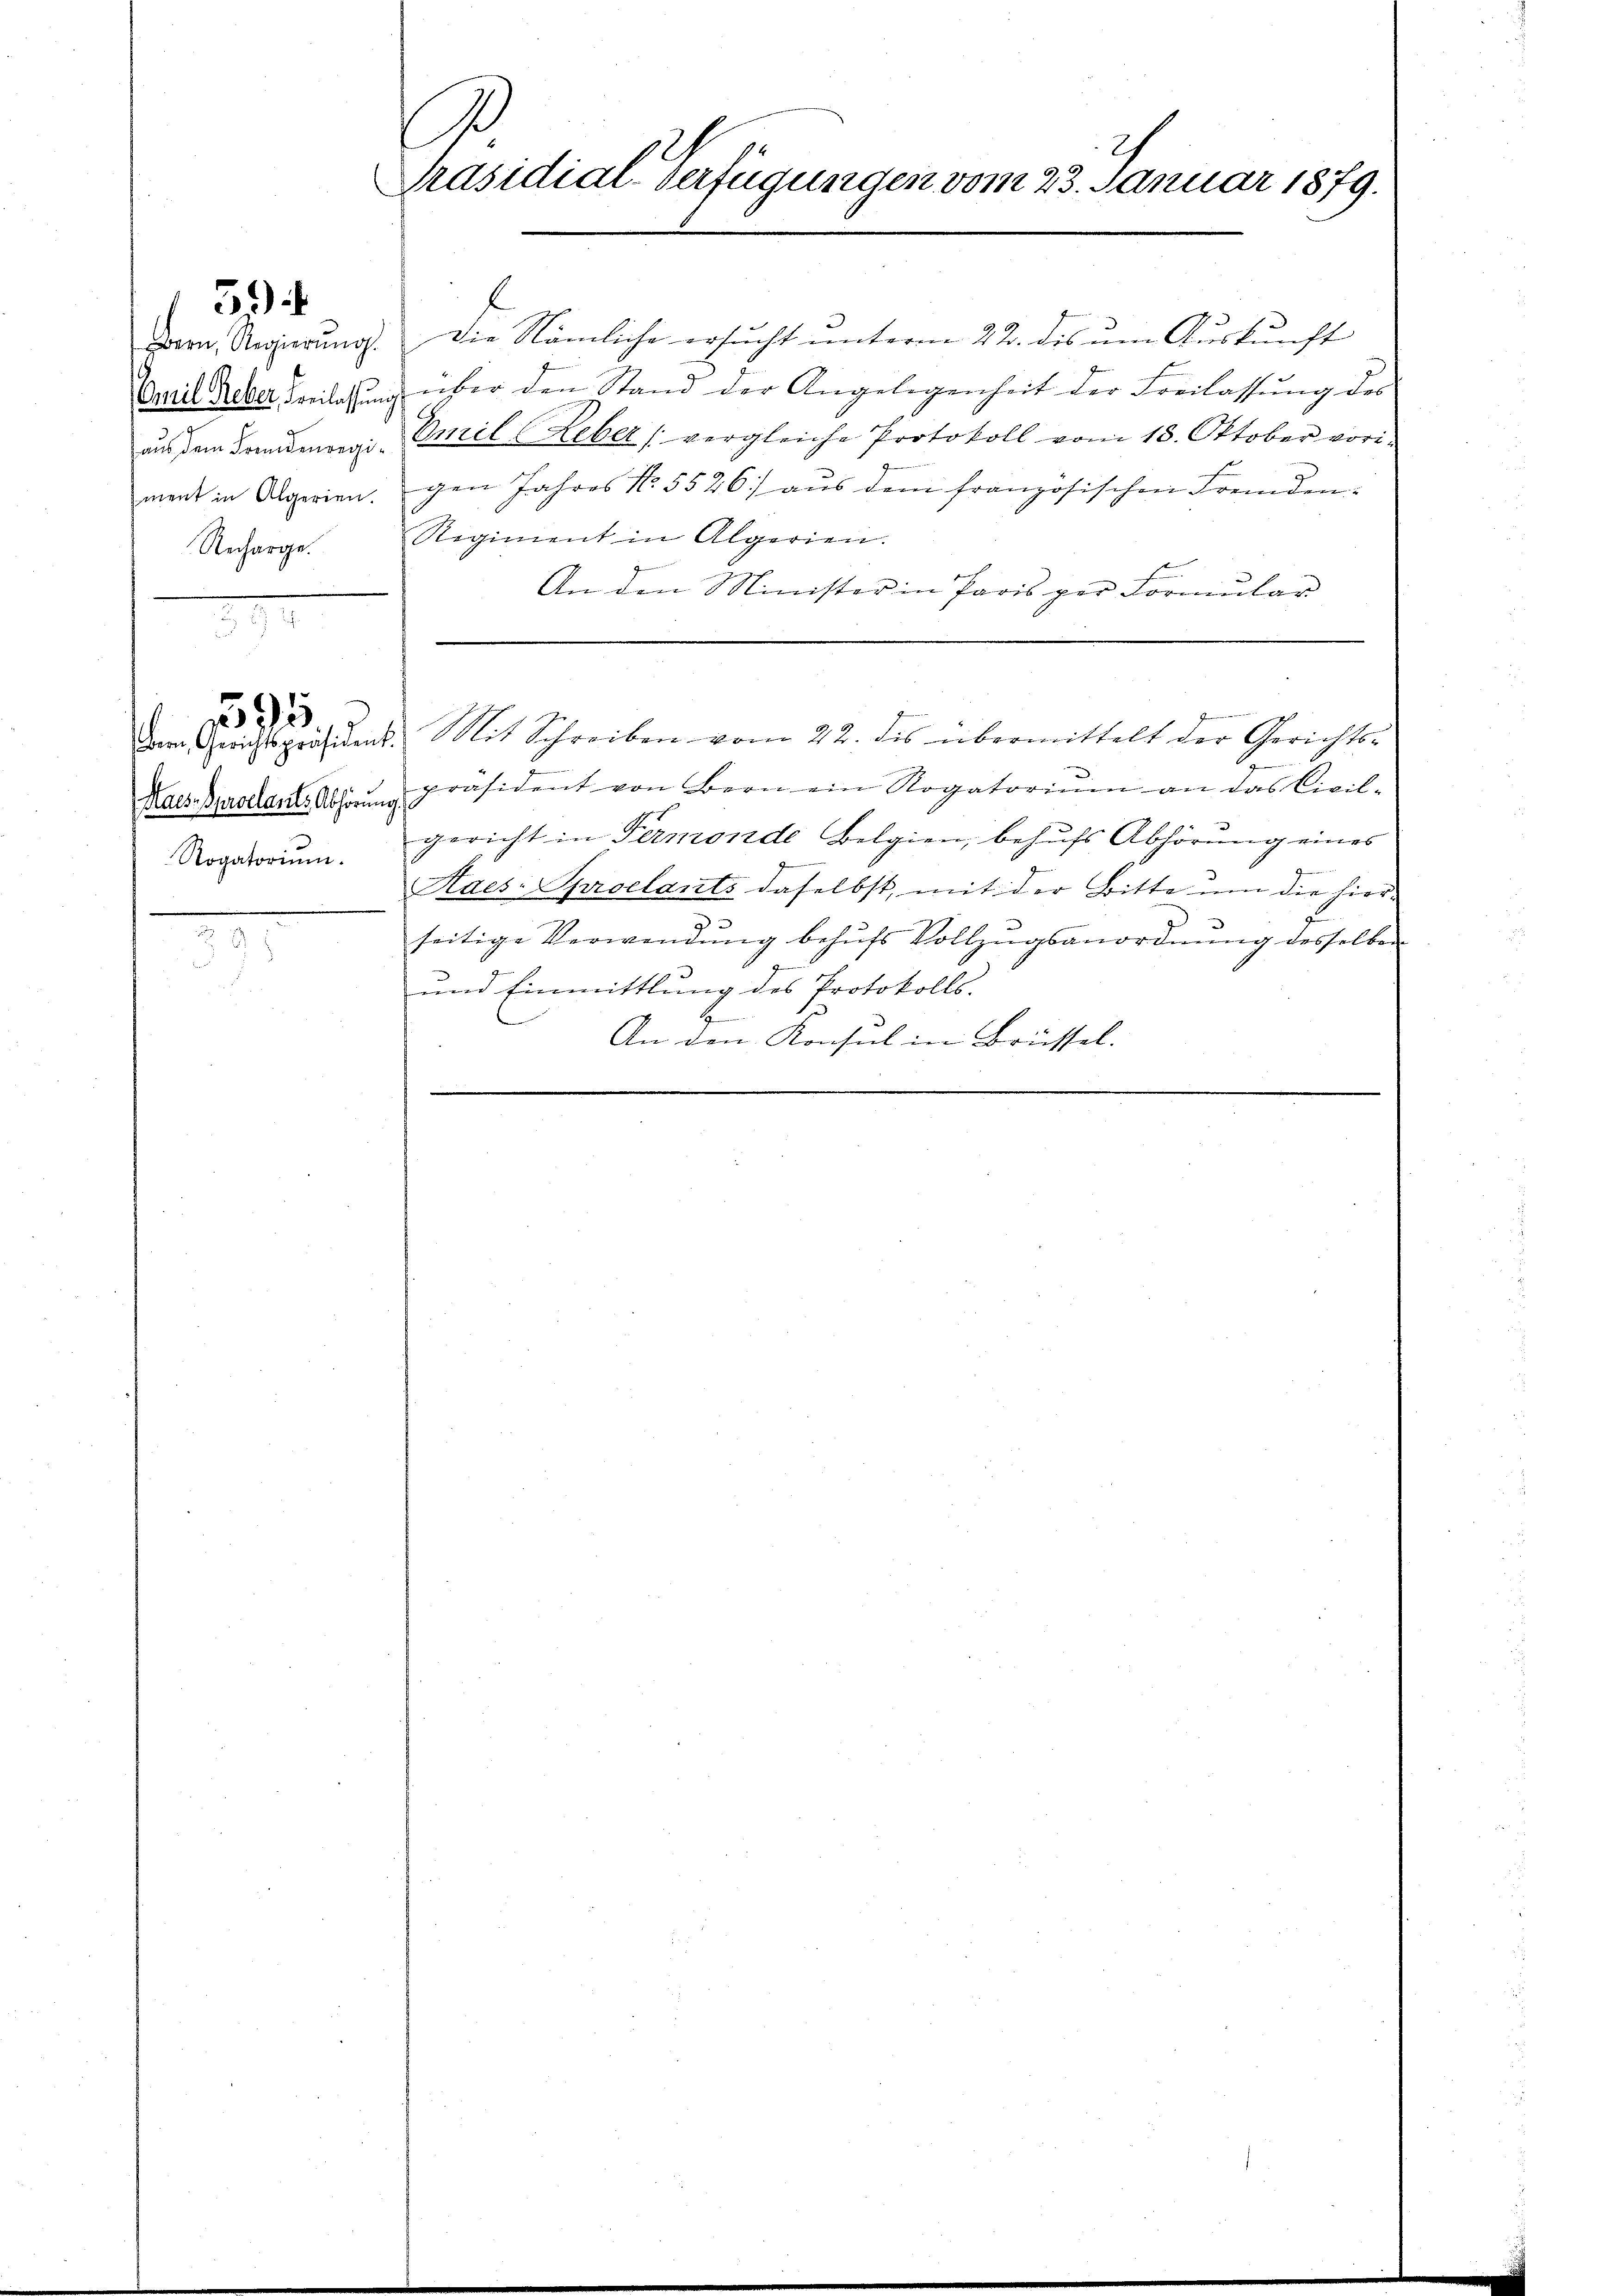
ment in Algerien.
Recharge.

59

Bern, Gerichtspräsident.
Haes. Sprollarite Abhörung
Rogatorium.

1395.

.
2
Präsidial-Verfügungen vom 23. Januar 1879.

l
Bern Regierung. Die Nämliche ersucht unterm 22. des um Auskunft
Cail Reber Freilichung über den Stand der Angelegenheit der Freilassung des
aus dem Bandenen Emil (Leber (vergleiche Protokoll vom 18. Oktober vori-
gen Jahres No. 5526) aus dem französischen Fremden-
Regiment in Algerien.
An den Minister in Paris per Formular
7
 Mit Schreiben vom 22. des übermittelt der Gerichts-
präsident von Bern ein Rogatorium an das Civil-
gericht in Termonde Belgien, behufs Abhörung eines
Haes-Sproelants daselbst, mit der Bitte um die hier¬
9
seitige Verwendŭng behŭfs Vollzŭgsanordnŭng desselben
1
und Einmittlung des Protokolls.
H
An den Konsul in Brüssel.
e